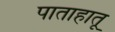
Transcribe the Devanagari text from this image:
पाताहातू